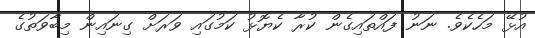
އުޅޭ މަހެކެވެ. ނަނު ފައްތައިގެން ކުރާ ކެޔޮޅު ކަމުގައި ވަރަށް ގިނައިން މިބާވަތުގެ